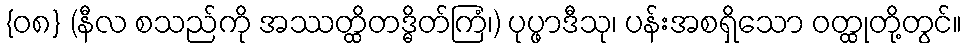
{၀၈} (နီလ စသည်ကို အဿတ္ထိတဒ္ဓိတ်ကြံ၊) ပုပ္ဖာဒီသု၊ ပန်းအစရှိသော ဝတ္ထုတို့တွင်။